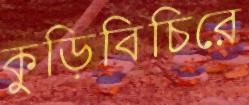
কুড়িবিচিরে